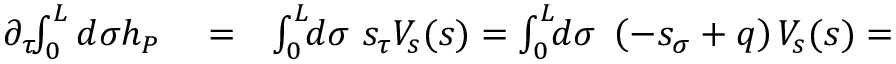
\begin{array} { r l r } { \partial _ { \tau } \! \! \int _ { 0 } ^ { L } d \sigma h _ { P } } & { { } = } & { \int _ { 0 } ^ { L } \! \! d \sigma ~ s _ { \tau } V _ { s } ( s ) = \int _ { 0 } ^ { L } \! \! d \sigma ~ \left( - s _ { \sigma } + q \right) V _ { s } ( s ) = } \end{array}